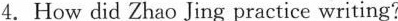
4.How did Zhao Jing practice writing?